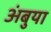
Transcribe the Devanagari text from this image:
अंबुया